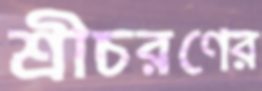
শ্রীচরণের